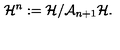
{ \cal H } ^ { n } : = { \cal H } / { \cal A } _ { n + 1 } { \cal H } .